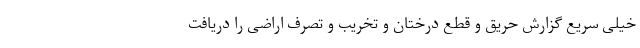
خیلی سریع گزارش حریق و قطع درختان و تخریب و تصرف اراضی را دریافت